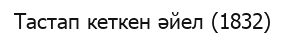
Тастап кеткен әйел (1832)